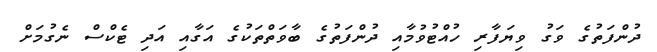
ދުންފަތުގެ ވަގު ވިޔަފާރި ހުއްޓުވުމާއި ދުންފަތުގެ ބާވަތްތަކުގެ އަގާއި އަދި ޓެކްސް ނެގުމަށް